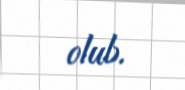
olub.